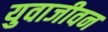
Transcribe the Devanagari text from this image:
युवाजीवन